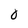
Character: 0